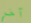
آخر